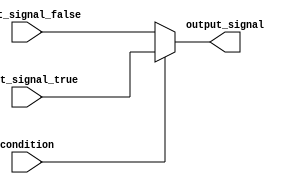
module conditional_assign_statement (
    input wire condition,
    input wire input_signal_true,
    input wire input_signal_false,
    output reg output_signal
);

always @(*) begin
    output_signal = (condition) ? input_signal_true : input_signal_false;
end

endmodule